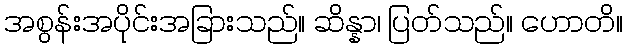
အစွန်းအပိုင်းအခြားသည်။ ဆိန္နာ၊ ပြတ်သည်။ ဟောတိ။